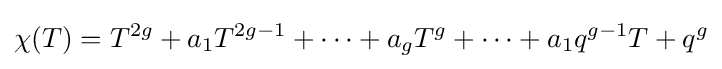
\chi (T)=T^{2g}+a_{1}T^{2g-1}+\cdots +a_{g}T^{g}+\cdots +a_{1}q^{g-1}T+q^{g}